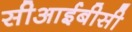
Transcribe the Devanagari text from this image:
सीआईबीसी